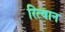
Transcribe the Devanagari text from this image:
रित्बान